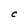
Character: C